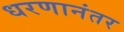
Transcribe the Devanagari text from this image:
धरणानंतर